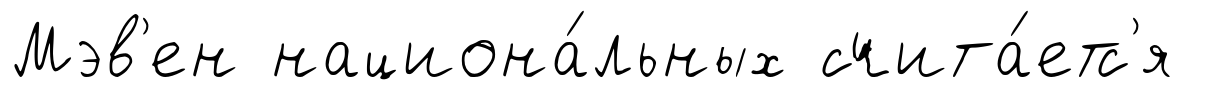
Мэв'ен национа́льных счита́етс'я